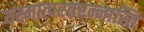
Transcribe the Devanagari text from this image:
यस्मात्परतरन्नास्ति